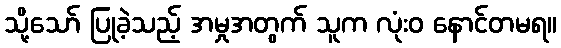
သို့သော် ပြုခဲ့သည့် အမှုအတွက် သူက လုံးဝ နောင်တမရ။